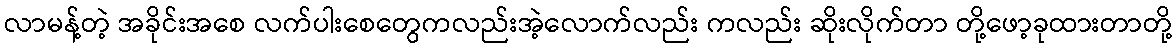
လာမန့်တဲ့ အခိုင်းအစေ လက်ပါးစေတွေကလည်းအဲ့လောက်လည်း ကလည်း ဆိုးလိုက်တာ တို့ဖော့ခုထားတာတို့